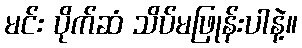
မင်း ပိုက်ဆံ သိပ်မဖြုန်းပါနဲ့။